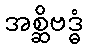
အစ္ဆိဗဒ္ဓံ